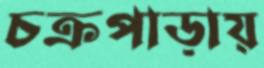
চক্রপাড়ায়